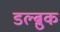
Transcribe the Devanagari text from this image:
डल्ब्रुक